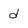
Character: d